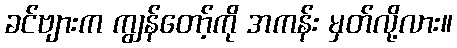
ခင်ဗျားက ကျွန်တော့်ကို အကန်း မှတ်လို့လား။